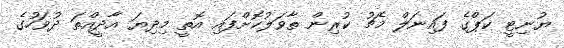
ޔުނިޓީ ކަޕްގެ ފައިނަލް މެޗު ކުރިން ތާވަލުކޮށްފައި އޮތީ މިދިޔަ އާދީއްތަ ދުވަހުގެ